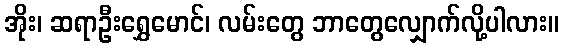
အိုး၊ ဆရာဦးရွှေမောင်၊ လမ်းတွေ ဘာတွေလျှောက်လို့ပါလား။